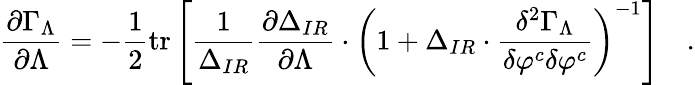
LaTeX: {\frac{\partial\Gamma_{\Lambda}}{\partial\Lambda}}=-{\frac{1}{2}}\mathrm{tr}\left[{\frac{1}{\Delta_{IR}}}{\frac{\partial\Delta_{IR}}{\partial\Lambda}}\cdot\left(1+\Delta_{IR}\cdot{\frac{\delta^{2}\Gamma_{\Lambda}}{\delta\varphi^{c}\delta\varphi^{c}}}\right)^{-1}\right]\quad.